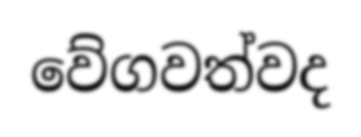
වේගවත්වද